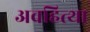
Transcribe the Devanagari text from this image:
अवहित्था